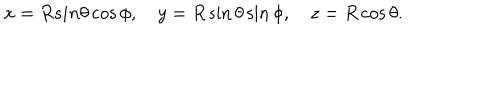
x = R s i n \theta \cos \phi , \quad y = R \sin \theta \sin \phi , \quad z = R \cos \theta .